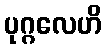
ပုဂ္ဂလေဟိ